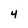
Character: 4